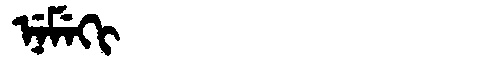
Manchu: ᠨᡝᠮᡝᡴᡳ
Romanization: NEMEKI